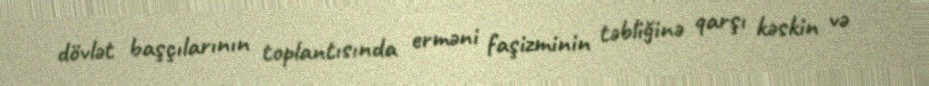
dövlət başçılarının toplantısında erməni faşizminin təbliğinə qarşı kəskin və